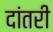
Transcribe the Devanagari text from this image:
दांतरी